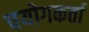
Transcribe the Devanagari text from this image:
पयोगकर्ता